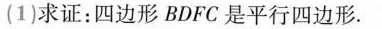
(1)求证：四边形BDFC是平行四边形.